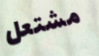
مشتعل